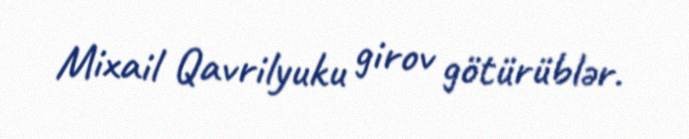
Mixail Qavrilyuku girov götürüblər.